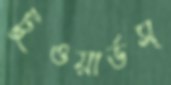
টুওয়ার্ডস্